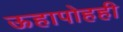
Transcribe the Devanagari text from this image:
ऊहापोहही